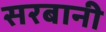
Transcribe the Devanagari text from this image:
सरबानी